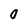
Character: 0